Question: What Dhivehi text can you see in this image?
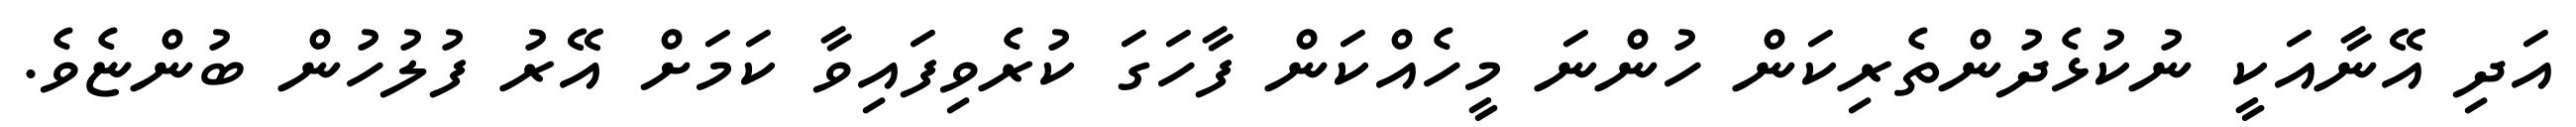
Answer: އަދި އޭނާއަކީ ނުކުޅެދުންތެރިކަން ހުންނަ މީހެއްކަން ފާހަގަ ކުރެވިފައިވާ ކަމަށް އޭރު ފުލުހުން ބުންޏެވެ.